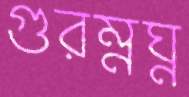
গুরম্নঘ্ন